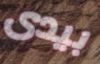
بيدى